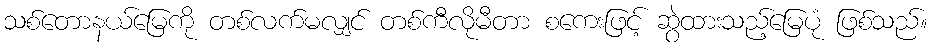
သစ်တောနယ်မြေကို တစ်လက်မလျှင် တစ်ကီလိုမီတာ စကေးဖြင့် ဆွဲထားသည့်မြေပုံ ဖြစ်သည်။